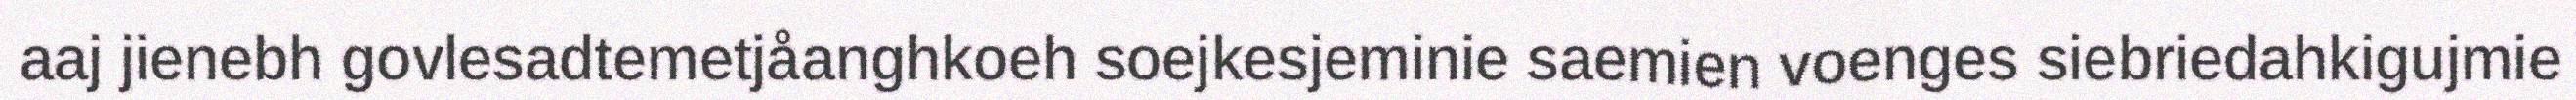
aaj jienebh govlesadtemetjåanghkoeh soejkesjeminie saemien voenges siebriedahkigujmie